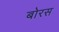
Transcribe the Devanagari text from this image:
बोरस